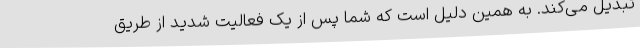
تبدیل می‌کند. به همین دلیل است که شما پس از یک فعالیت شدید از طریق